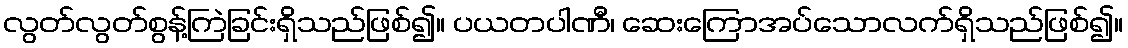
လွတ်လွတ်စွန့်ကြဲခြင်းရှိသည်ဖြစ်၍။ ပယတပါဏီ၊ ဆေးကြောအပ်သောလက်ရှိသည်ဖြစ်၍။